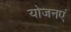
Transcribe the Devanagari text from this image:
योजनएं